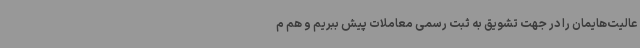
عالیت‌هایمان را در جهت تشویق به ثبت رسمی معاملات پیش ببریم و هم م